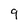
Character: 9